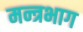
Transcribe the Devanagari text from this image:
मन्त्रभाग